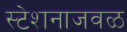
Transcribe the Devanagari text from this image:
स्टेशनाजवळ